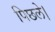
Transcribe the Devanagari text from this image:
पिछले।